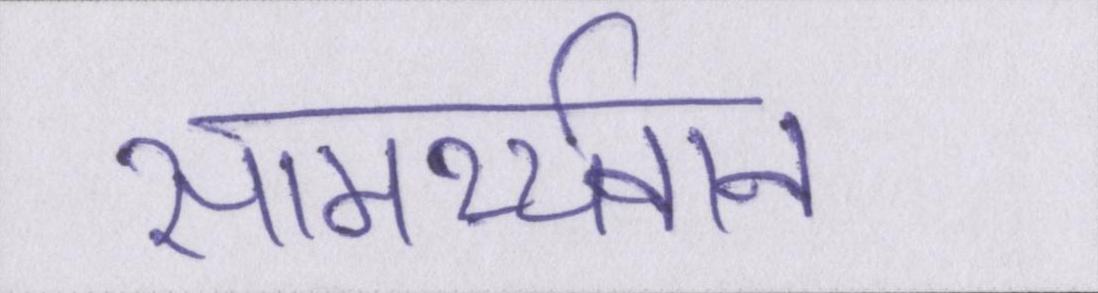
सामर्थ्यवान